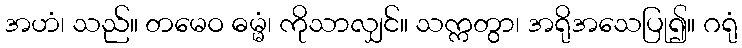
အဟံ၊ သည်။ တမေဝ ဓမ္မံ၊ ကိုသာလျှင်။ သက္ကတွာ၊ အရိုအသေပြု၍။ ဂရုံ